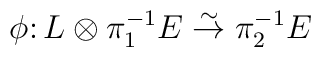
\phi \colon L\otimes \pi_1^{-1}E \stackrel{\sim}{\to}\pi_2^{-1}E